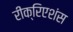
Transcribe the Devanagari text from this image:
रीक्रिएशंस